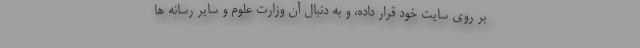
بر روی سایت خود قرار داده، و به دنبال آن وزارت علوم و سایر رسانه ها